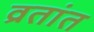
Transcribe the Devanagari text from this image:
व्रतांत